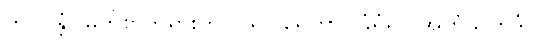
ဘဂဝန္တံ၊ မြတ်စွာဘုရားကို။ ပရိဝါရေတွာ၊ ခြံရံ၍။ အဟံသိဣဒံ၊